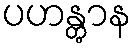
ပဟန္တွာန